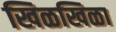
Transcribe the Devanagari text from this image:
खिळखिळा